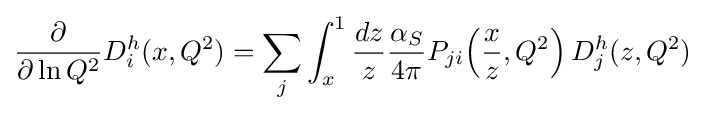
{\frac {\partial }{\partial \ln Q^{2}}}D_{i}^{h}(x,Q^{2})=\sum _{j}\int _{x}^{1}{\frac {dz}{z}}{\frac {\alpha _{S}}{4\pi }}P_{ji}\!\left({\frac {x}{z}},Q^{2}\right)D_{j}^{h}(z,Q^{2})